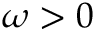
\omega > 0